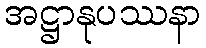
အဋ္ဌာနုပဿနာ